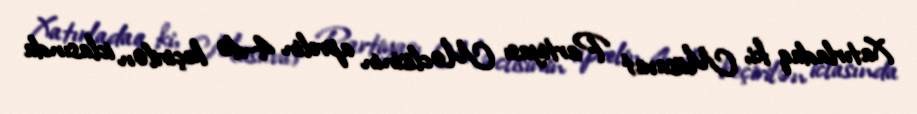
Xatırladaq ki, Müsavat Partiyası Məclisinin aprelin 4-də keçirilən iclasında